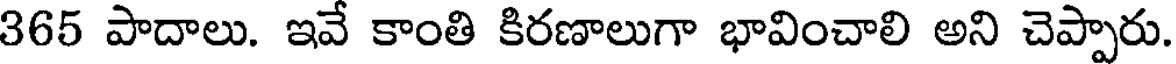
365 పాదాలు. ఇవే కాంతి కిరణాలుగా భావించాలి అని చెప్పారు.